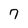
Character: 7